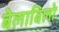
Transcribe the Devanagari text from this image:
बेलाबिलो